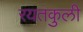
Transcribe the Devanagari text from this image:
रयतकुली